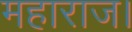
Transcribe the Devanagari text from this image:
महाराज।